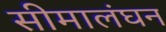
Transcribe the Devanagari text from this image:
सीमालंघन